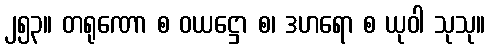
၂၅၃။ တရုဏော စ ဝယဋ္ဌော စ၊ ဒဟရော စ ယုဝါ သုသု။